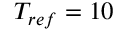
T _ { r e f } = 1 0